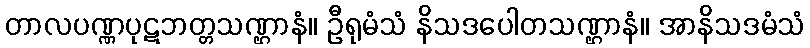
တာလပဏ္ဏပုဋဘတ္တသဏ္ဌာနံ။ ဦရုမံသံ နိသဒပေါတသဏ္ဌာနံ။ အာနိသဒမံသံ